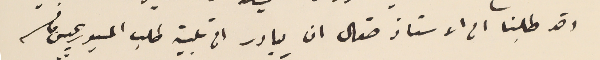
وقد طلبنا الى الاستاذ صقال ان يبادر الى تلبية طلب المسيو ريجيس مانسه